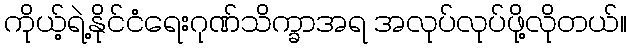
ကိုယ့်ရဲ့နိုင်ငံရေးဂုဏ်သိက္ခာအရ အလုပ်လုပ်ဖို့လိုတယ်။